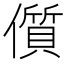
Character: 儨